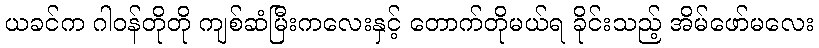
ယခင်က ဂါဝန်တိုတို ကျစ်ဆံမြီးကလေးနှင့် တောက်တိုမယ်ရ ခိုင်းသည့် အိမ်ဖော်မလေး